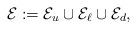
LaTeX: \begin{align*}\mathcal{E}:=\mathcal{E}_{u}\cup\mathcal{E}_{\ell}\cup\mathcal{E}_{d},\end{align*}